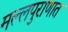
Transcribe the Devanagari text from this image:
मल्लपुराणात